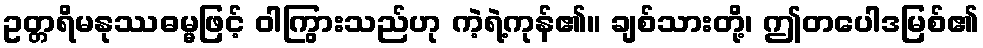
ဥတ္တရိမနုဿဓမ္မဖြင့် ဝါကြွားသည်ဟု ကဲ့ရဲ့ကုန်၏။ ချစ်သားတို့၊ ဤတပေါဒမြစ်၏